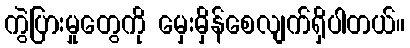
ကွဲပြားမှုတွေကို မှေးမှိန်စေလျက်ရှိပါတယ်။